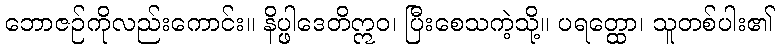
ဘောဇဉ်ကိုလည်းကောင်း။ နိပ္ဖါဒေတိဣဝ၊ ပြီးစေသကဲ့သို့။ ပရတ္ထော၊ သူတစ်ပါး၏